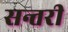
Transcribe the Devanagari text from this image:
सन्तरी